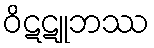
ဝိဋဋူဘဿ